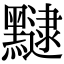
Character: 𪒡